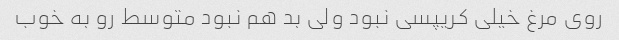
روی مرغ خیلی کریپسی نبود ولی بد هم نبود متوسط رو به خوب